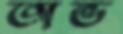
অভ